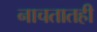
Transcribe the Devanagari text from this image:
नाचतातही